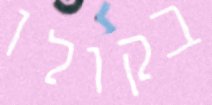
בקולו